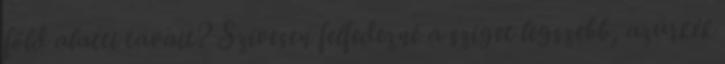
föld alatti tavait? Szívesen felfedezné a sziget legszebb, azúrkék